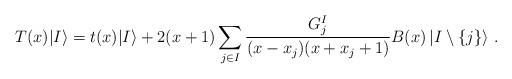
LaTeX: \begin{align*} T(x)|I\rangle &=t(x)|I\rangle+2(x+1)\sum_{j\in I}\frac{G_j^I}{(x-x_j)(x+x_j+1)}B(x)\left|I\setminus\left\{ j\right\} \right\rangle\,. \end{align*}